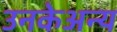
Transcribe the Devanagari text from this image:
उनकेअन्य